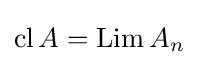
\mathop {\mathrm {cl} } A=\mathop {\mathrm {Lim} } A_{n}